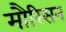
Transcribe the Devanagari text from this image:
मौरिसन